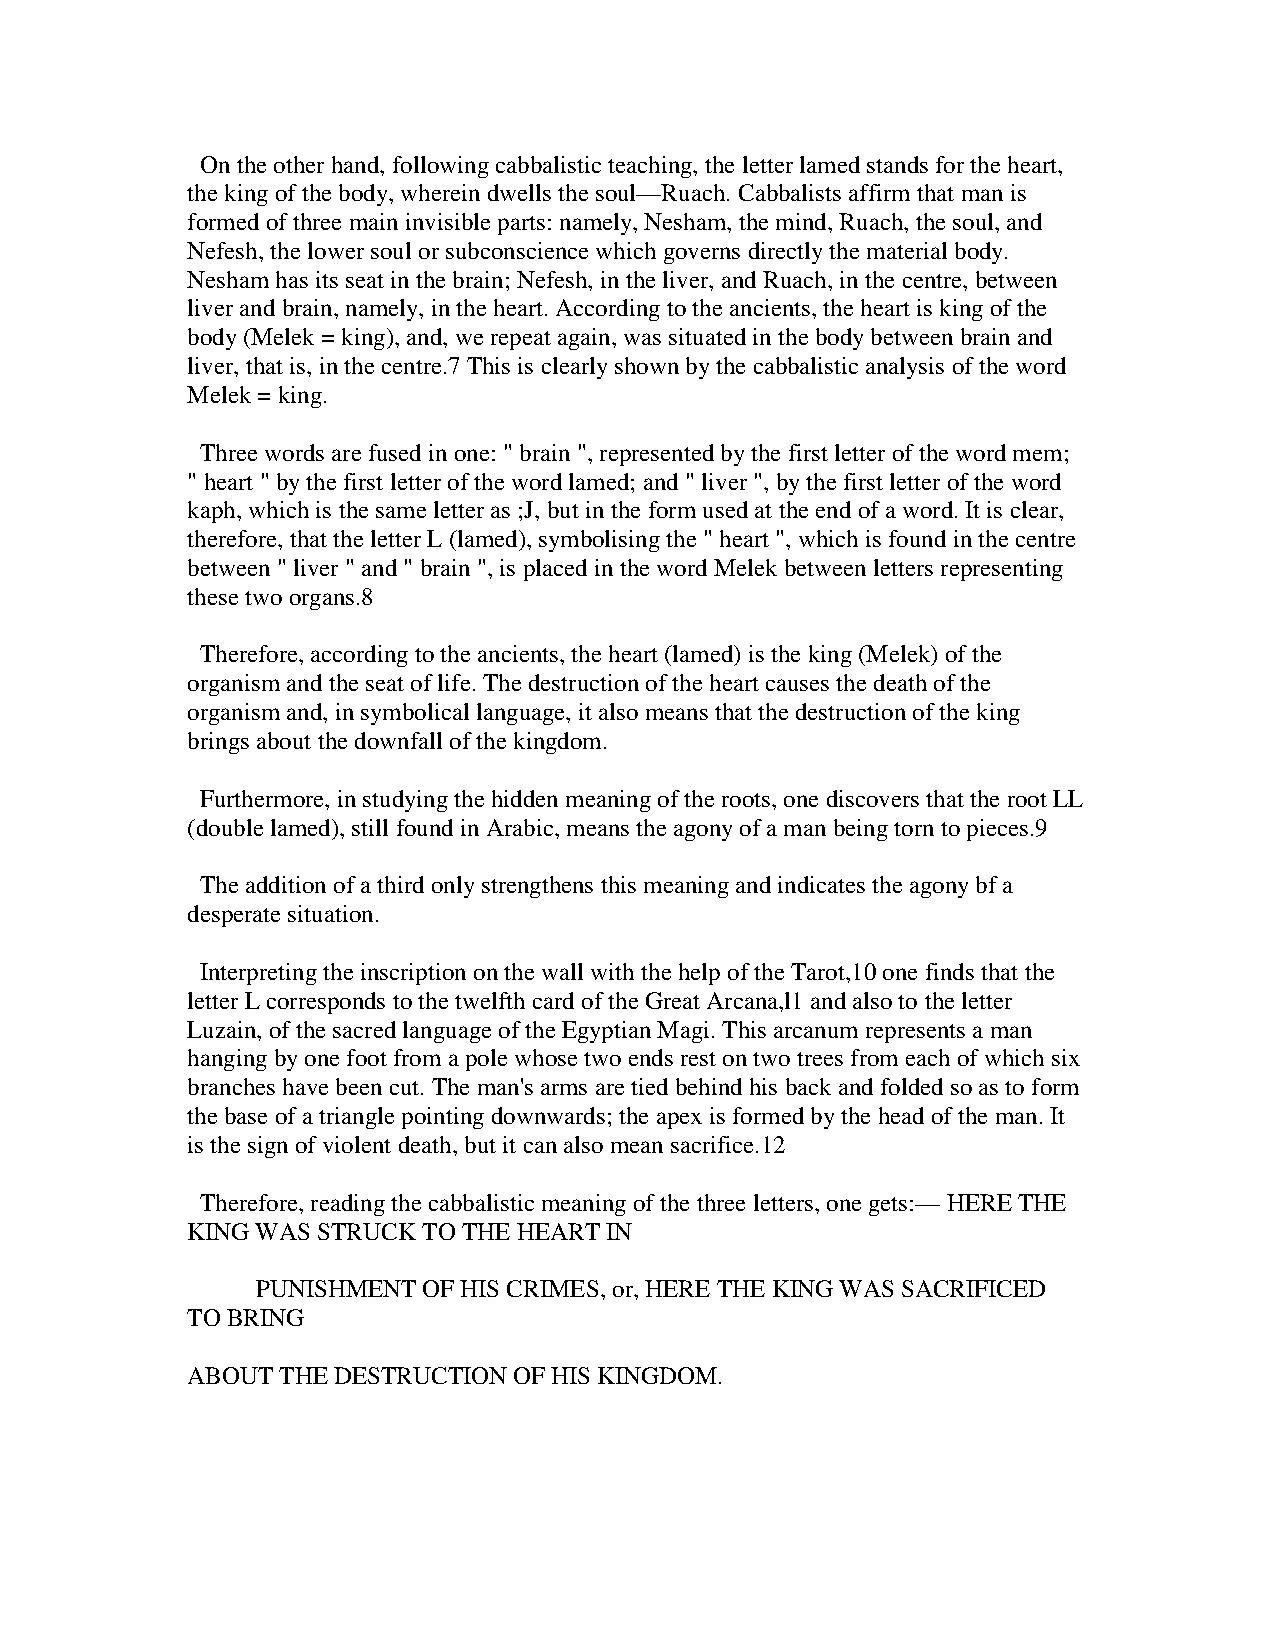
On the other hand, following cabbalistic teaching, the letter lamed stands for the heart,
 the king of the body, wherein dwells the soul—Ruach. Cabbalists affirm that man is
 formed of three main invisible parts: namely, Nesham, the mind, Ruach, the soul, and
 Nefesh, the lower soul or subconscience which governs directly the material body.
 Nesham has its seat in the brain; Nefesh, in the liver, and Ruach, in the centre, between
 liver and brain, namely, in the heart. According to the ancients, the heart is king of the
 body (Melek = king), and, we repeat again, was situated in the body between brain and
 liver, that is, in the centre.7 This is clearly shown by the cabbalistic analysis of the word
 Melek = king.
 Three words are fused in one: " brain ", represented by the first letter of the word mem;
 " heart " by the first letter of the word lamed; and " liver ", by the first letter of the word
 kaph, which is the same letter as ;J, but in the form used at the end of a word. It is clear,
 therefore, that the letter L (lamed), symbolising the " heart ", which is found in the centre
 between " liver " and " brain ", is placed in the word Melek between letters representing
 these two organs.8
 Therefore, according to the ancients, the heart (lamed) is the king (Melek) of the
 organism and the seat of life. The destruction of the heart causes the death of the
 organism and, in symbolical language, it also means that the destruction of the king
 brings about the downfall of the kingdom.
 Furthermore, in studying the hidden meaning of the roots, one discovers that the root LL
 (double lamed), still found in Arabic, means the agony of a man being torn to pieces.9
 The addition of a third only strengthens this meaning and indicates the agony bf a
 desperate situation.
 Interpreting the inscription on the wall with the help of the Tarot,10 one finds that the
 letter L corresponds to the twelfth card of the Great Arcana,l1 and also to the letter
 Luzain, of the sacred language of the Egyptian Magi. This arcanum represents a man
 hanging by one foot from a pole whose two ends rest on two trees from each of which six
 branches have been cut. The man's arms are tied behind his back and folded so as to form
 the base of a triangle pointing downwards; the apex is formed by the head of the man. It
 is the sign of violent death, but it can also mean sacrifice.12
 Therefore, reading the cabbalistic meaning of the three letters, one gets:— HERE THE
 KING WAS STRUCK TO THE HEART IN
 PUNISHMENT OF HIS CRIMES, or, HERE THE KING WAS SACRIFICED
 TO BRING
 ABOUT  THE DESTRUCTION OF HIS KINGDOM.